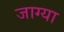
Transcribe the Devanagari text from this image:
जाग्या